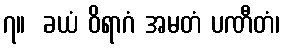
၇။  ခယံ ဝိရာဂံ အမတံ ပဏီတံ၊